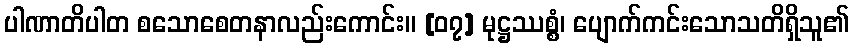
ပါဏာတိပါတ စသောစေတနာလည်းကောင်း။ [၀၇] မုဋ္ဌဿစ္စံ၊ ပျောက်ကင်းသောသတိရှိသူ၏